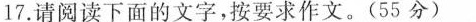
17.请阅读下面的文字，按要求作文。(55分)